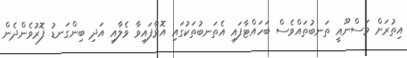
އިތުރަށް މަސްނޫއީ ތަނބުތައްވެސް ބަހައްޓާފައި އެތަނބުތަކުގައި އޮޅާފައިވާ ވެލާއި އަދި ބިންގަނޑު ފޮރުވެންދެން